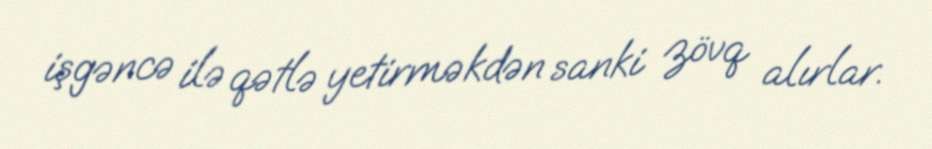
işgəncə ilə qətlə yetirməkdən sanki zövq alırlar.